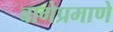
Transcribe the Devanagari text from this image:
बागेप्रमाणे